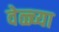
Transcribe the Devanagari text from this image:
वेळ्च्या